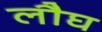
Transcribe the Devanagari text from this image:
लौघ